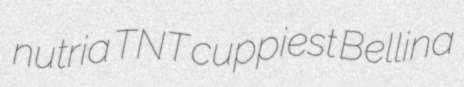
nutria TNT cuppiest Bellina